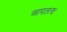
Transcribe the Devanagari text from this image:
आपतत्व